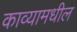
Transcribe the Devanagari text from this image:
काव्यामधील